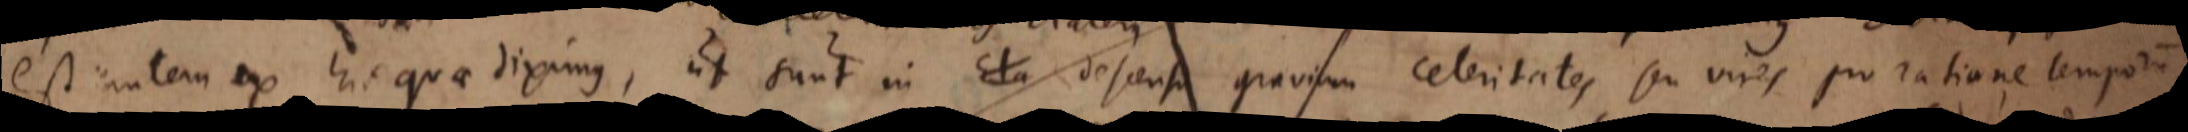
est autem ex his quae diximus, ut sunt in descensu gravium celeritates seu vires pro ratione temporum,